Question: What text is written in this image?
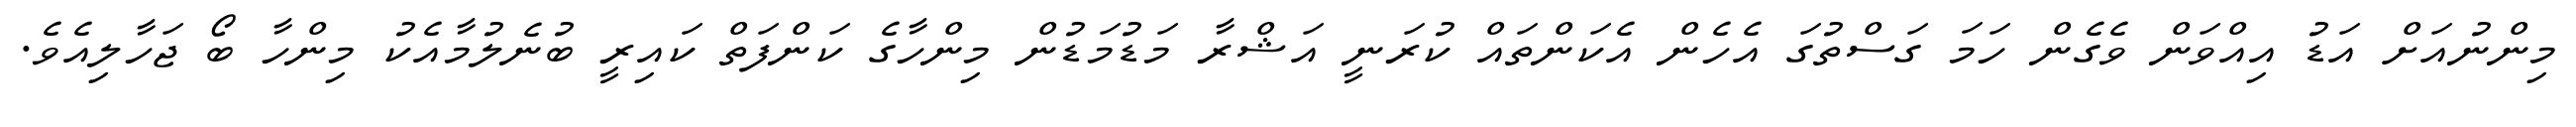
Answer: މިންނުއަށް އަޑު އިއްވަން ވެގެން ހަމަ ގަސްތުގަ އެހެން އެކަންތައް ކުރަނީ އަޝްރާ މަޑުމަޑުން މިންހާގެ ކަންފަތް ކައިރީ ބުނެލުމާއެކު މިންހާ ބޯ ޖަހާލިއެވެ.